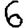
Digit: 6